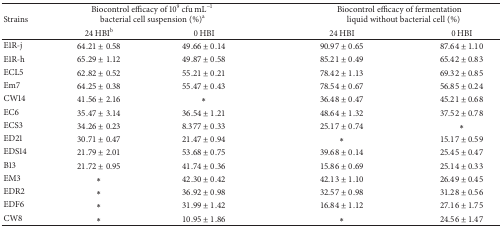
<table><thead><tr><td rowspan="2"><b>Strains</b></td><td colspan="2"><b>Biocontrol efficacy of 10<sup>9</sup> cfu mL<sup>−1</sup>bacterial cell suspension (%)<sup>a</sup></b></td><td colspan="2"><b>Biocontrol efficacy of fermentation liquid without bacterial cell (%)</b></td></tr><tr><td><b>24 HBI<sup>b</sup></b></td><td><b>0 HBI</b></td><td><b>24 HBI</b></td><td><b>0 HBI</b></td></tr></thead><tbody><tr><td>E1R-j</td><td>64.21 ± 0.58</td><td>49.66 ± 0.14</td><td>90.97 ± 0.65</td><td>87.64 ± 1.10</td></tr><tr><td>E1R-h</td><td>65.29 ± 1.12</td><td>49.87 ± 0.58</td><td>85.21 ± 0.49</td><td>65.42 ± 0.83</td></tr><tr><td>ECL5</td><td>62.82 ± 0.52</td><td>55.21 ± 0.21</td><td>78.42 ± 1.13</td><td>69.32 ± 0.85</td></tr><tr><td>Em7</td><td>64.25 ± 0.38</td><td>55.47 ± 0.43</td><td>78.54 ± 0.67</td><td>56.85 ± 0.24</td></tr><tr><td>CW14</td><td>41.56 ± 2.16</td><td><sup>*</sup></td><td>36.48 ± 0.47</td><td>45.21 ± 0.68</td></tr><tr><td>EC6</td><td>35.47 ± 3.14</td><td>36.54 ± 1.21</td><td>48.64 ± 1.32</td><td>37.52 ± 0.78</td></tr><tr><td>ECS3</td><td>34.26 ± 0.23</td><td>8.377 ± 0.33</td><td>25.17 ± 0.74</td><td><sup>*</sup></td></tr><tr><td>ED21</td><td>30.71 ± 0.47</td><td>21.47 ± 0.94</td><td><sup>*</sup></td><td>15.17 ± 0.59</td></tr><tr><td>EDS14</td><td>21.79 ± 2.01</td><td>53.68 ± 0.75</td><td>39.68 ± 0.14</td><td>25.45 ± 0.47</td></tr><tr><td>B13</td><td>21.72 ± 0.95</td><td>41.74 ± 0.36</td><td>15.86 ± 0.69</td><td>25.14 ± 0.33</td></tr><tr><td>EM3</td><td><sup>*</sup></td><td>42.30 ± 0.42</td><td>42.13 ± 1.10</td><td>26.49 ± 0.45</td></tr><tr><td>EDR2</td><td><sup>*</sup></td><td>36.92 ± 0.98</td><td>32.57 ± 0.98</td><td>31.28 ± 0.56</td></tr><tr><td>EDF6</td><td><sup>*</sup></td><td>31.99 ± 1.42</td><td>16.84 ± 1.12</td><td>27.16 ± 1.75</td></tr><tr><td>CW8</td><td><sup>*</sup></td><td>10.95 ± 1.86</td><td><sup>*</sup></td><td>24.56 ± 1.47</td></tr></tbody></table>